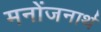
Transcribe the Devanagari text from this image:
मनोंजनार्थ